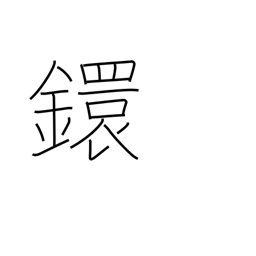
Meaning: link